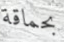
بحماقة